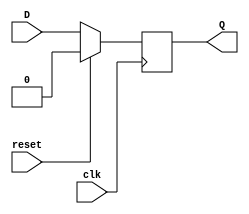
module D_Flipflop (D,clk,reset,Q);
input D,clk,reset;
output reg Q;

always@(posedge clk)
begin
	if(reset==1'b1)
	begin
		Q<=1'b0;
	end
	else
	begin
		Q<=D;
	end
end

endmodule